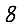
Digit: 8